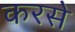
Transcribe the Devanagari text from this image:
करसे